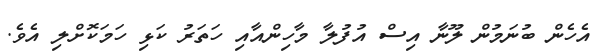
އެހެން ބުނަމުން ލޫނާ އިސް އުފުލާ މާހިންއާއި ހަތަރު ކަޅި ހަމަކޮށްލި އެވެ.